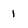
Character: 1